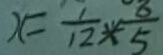
x = \frac { 1 } { 1 2 } \times \frac { 8 } { 5 }